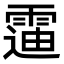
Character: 䨤